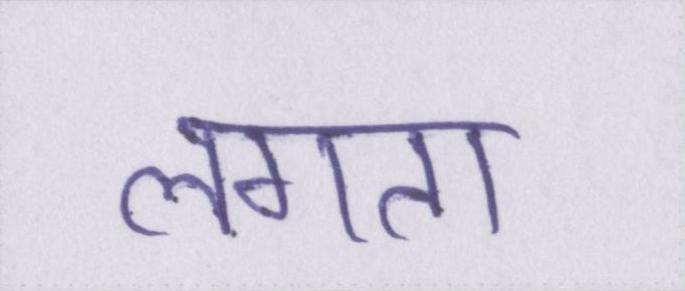
लगता